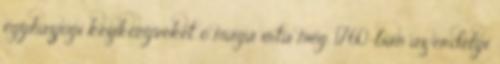
egyházjogi kézikönyveket ő maga írta meg. 1760-ban az erdélyi